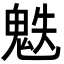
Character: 䰡